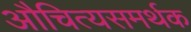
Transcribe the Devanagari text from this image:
औचित्यसमर्थक